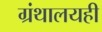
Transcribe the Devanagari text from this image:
ग्रंथालयही